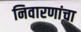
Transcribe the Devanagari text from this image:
निवारणांचा